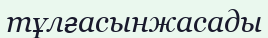
тұлғасынжасады